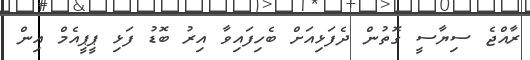
ރާއްޖެ ސިޔާސީ ގޮތުން ދެފަޅިއަށް ބެހިފައިވާ އިރު ބޮޑު ފަޅި ޕީޕީއެމް އިން